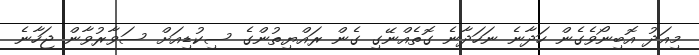
މިއަދު އޮބިނޯވެގެން ހަދާނެ ނަހަދާނެ ގޮތެއްނޭގި ގެން ރައްޔިތުންގެ ސިކުޑިއަށް ސަވާރުވާން ޖަހާނެ